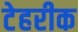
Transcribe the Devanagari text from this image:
टेहरीक